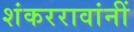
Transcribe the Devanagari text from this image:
शंकररावांनीं